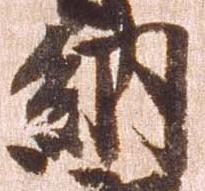
納